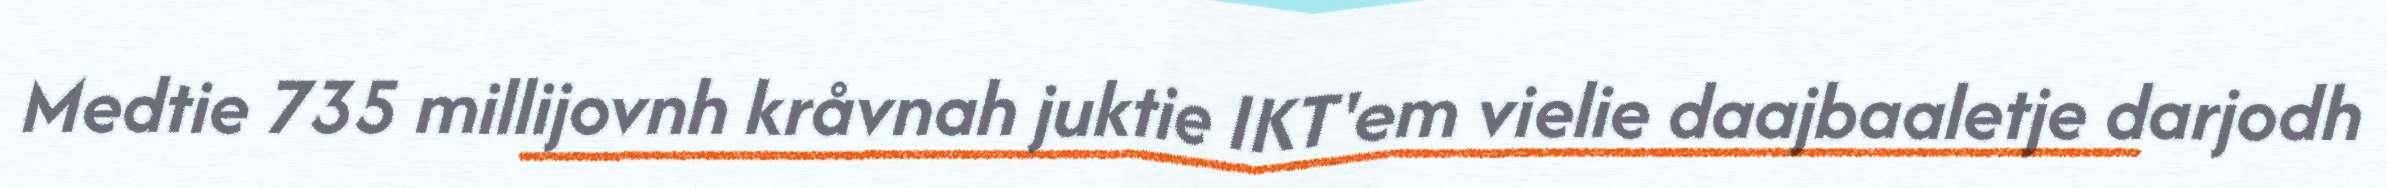
Medtie 735 millijovnh kråvnah juktie IKT'em vielie daajbaaletje darjodh